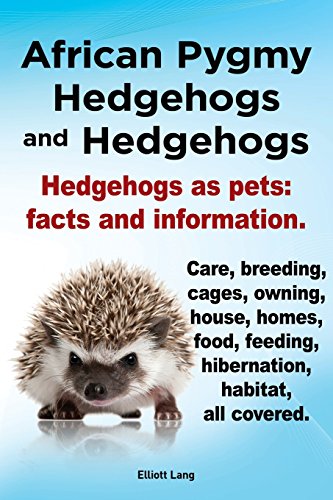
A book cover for African Pygmy Hedgehogs and Hedgehogs. Hedgehogs as Pets: Facts and Information. Care, Breeding, Cages, Owning, House, Homes, Food, Feeding, Hibernati; Elliott Lang; Crafts, Hobbies & Home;